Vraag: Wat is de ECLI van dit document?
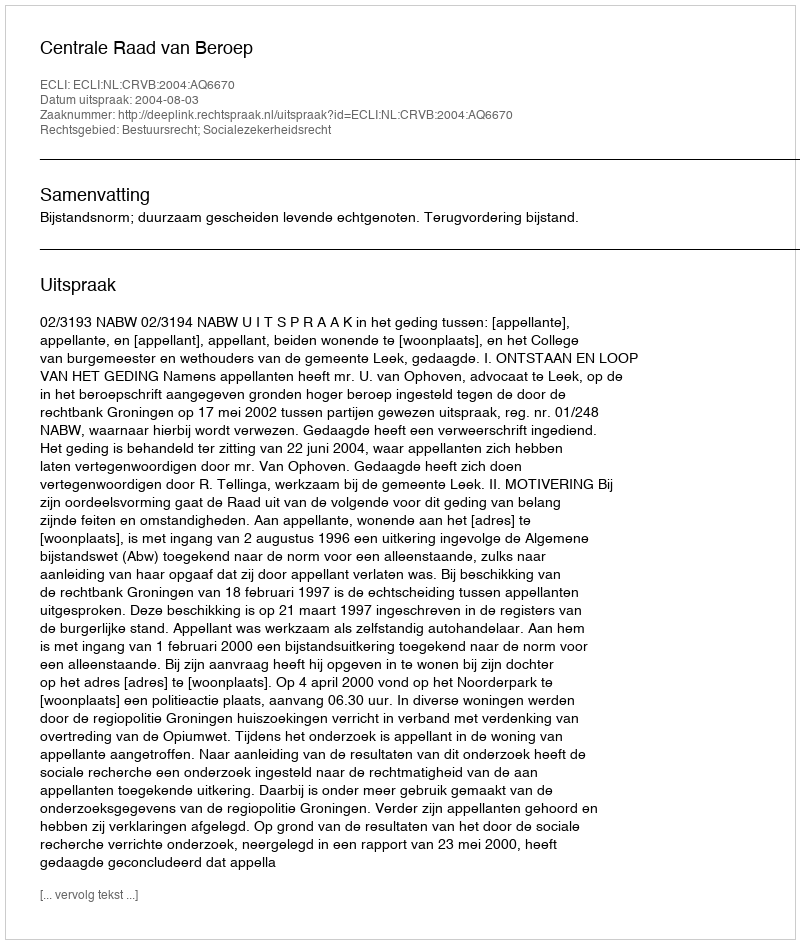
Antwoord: ECLI:NL:CRVB:2004:AQ6670